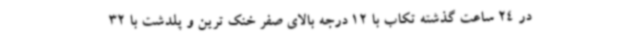
در 24 ساعت گذشته تکاب با 12 درجه بالای صفر خنک ترین و پلدشت با 32